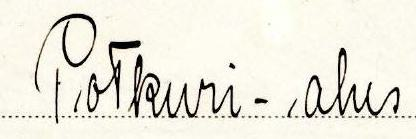
Potkuri-alus